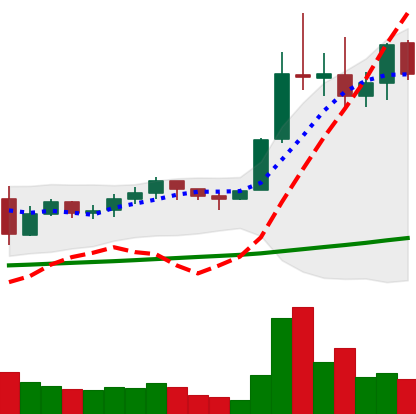
Ticker: LTC-USD
Chart end date: 2021-11-15
Forward return: -13.58%
Label: down_7plus